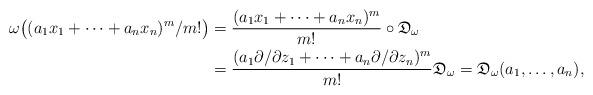
LaTeX: \begin{align*} \omega\bigl((a_1x_1+\cdots+a_nx_n)^m/m!\bigr)&=\frac{(a_1x_1+\cdots+a_nx_n)^m}{m!} \circ {\mathfrak D}_{\omega} \\&=\frac{(a_1\partial /\partial z_1+\cdots+a_n\partial /\partial z_n)^m}{m!} {\mathfrak D}_{\omega}={\mathfrak D}_{\omega}(a_1,\dots,a_n),\end{align*}